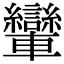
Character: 𨏶